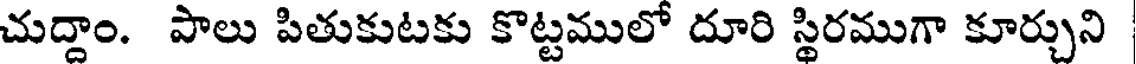
చుద్దాం. పాలు పితుకుటకు కొట్టములో దూరి స్థిరముగా కూర్చుని